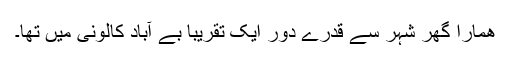
ھمارا گھر شہر سے قدرے دور ایک تقریباً بے آباد کالونی میں تھا۔